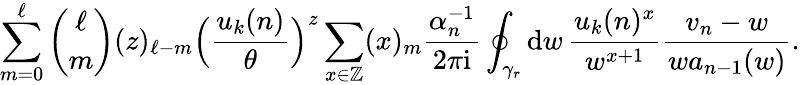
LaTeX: \sum_{m=0}^{\ell}{\binom{\ell}{m}}(z)_{\ell-m}\Big(\frac{u_{k}(n)}{\theta}\Big)^{z}\sum_{x\in\mathbb{Z}}(x)_{m}\frac{\alpha_{n}^{-1}}{2\pi\mathrm{i}}\oint_{\gamma_{r}}\mathrm{d}w\, \frac{u_{k}(n)^{x}}{w^{x+1}}\frac{v_{n}-w}{wa_{n-1}(w)}.